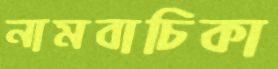
নামবাচিকা